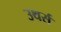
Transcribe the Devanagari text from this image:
उथर्स